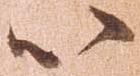
以